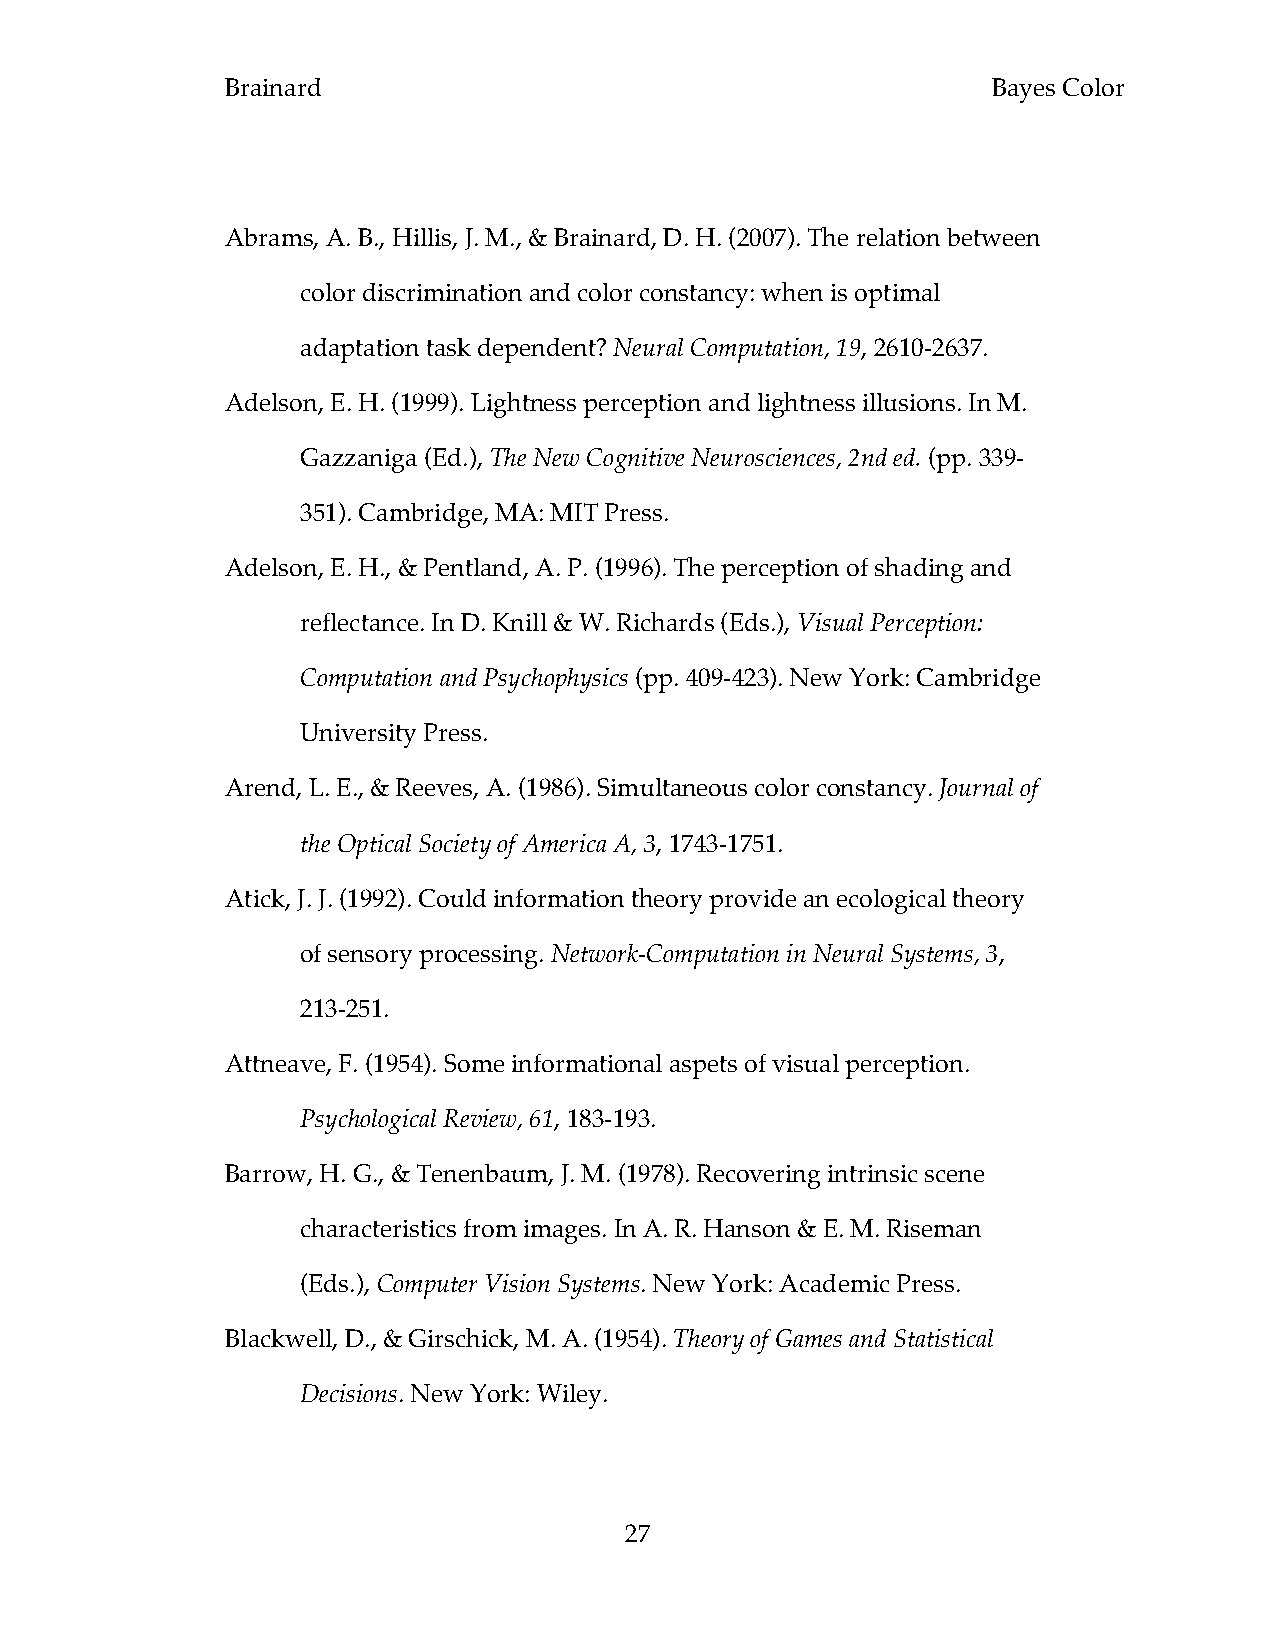
Brainard                                           Bayes Color
 Abrams, A. B., Hillis, J. M., & Brainard, D. H. (2007). The relation between
 color discrimination and color constancy: when is optimal
 adaptation task dependent? Neural Computation, 19, 2610-2637.
 Adelson, E. H. (1999). Lightness perception and lightness illusions. In M.
 Gazzaniga (Ed.), The New Cognitive Neurosciences, 2nd ed. (pp. 339-
 351). Cambridge, MA: MIT Press.
 Adelson, E. H., & Pentland, A. P. (1996). The perception of shading and
 reflectance. In D. Knill & W. Richards (Eds.), Visual Perception:
 Computation and Psychophysics (pp. 409-423). New York: Cambridge
 University Press.
 Arend, L. E., & Reeves, A. (1986). Simultaneous color constancy. Journal of
 the Optical Society of America A, 3, 1743-1751.
 Atick, J. J. (1992). Could information theory provide an ecological theory
 of sensory processing. Network-Computation in Neural Systems, 3,
 213-251.
 Attneave, F. (1954). Some informational aspets of visual perception.
 Psychological Review, 61, 183-193.
 Barrow, H. G., & Tenenbaum, J. M. (1978). Recovering intrinsic scene
 characteristics from images. In A. R. Hanson & E. M. Riseman
 (Eds.), Computer Vision Systems. New York: Academic Press.
 Blackwell, D., & Girschick, M. A. (1954). Theory of Games and Statistical
 Decisions. New York: Wiley.
 27